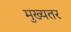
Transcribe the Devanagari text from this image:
मुख्यतर